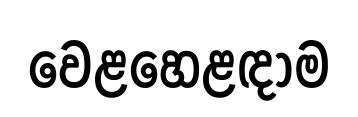
වෙළහෙළඳාම